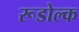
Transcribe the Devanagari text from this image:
रूडोल्क